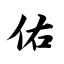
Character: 佑